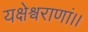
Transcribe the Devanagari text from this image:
यक्षेश्वराणां।।